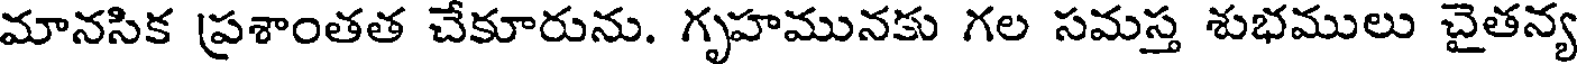
మానసిక ప్రశాంతత చేకూరును. గృహమునకు గల సమస్త శుభములు చైతన్య